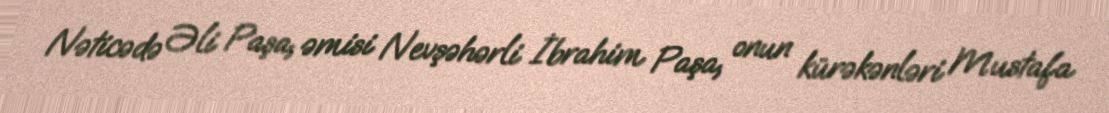
Nəticədə Əli Paşa, əmisi Nevşəhərli İbrahim Paşa, onun kürəkənləri Mustafa